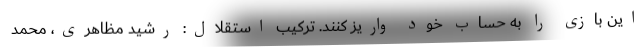
این بازی را به حساب خود واریز کنند. ترکیب استقلال: رشید مظاهری، محمد